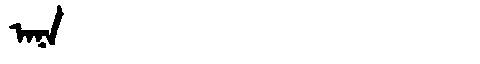
Manchu: ᠠᠨᠠ
Romanization: ANA